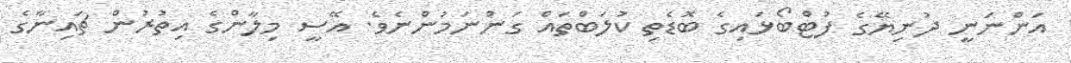
އަންނަނީ ދުނިޔޭގެ ފުޓްބޯޅައިގެ ބޮޑެތި ކުލަބްތައް ގަންނަމުންނެވެ. އޭސީ މިލާންގެ އިތުރުން ޗައިނާގެ